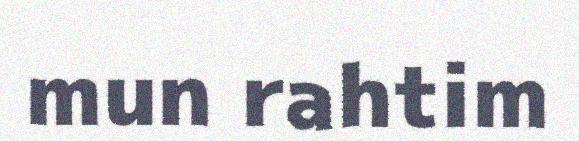
mun rahtim